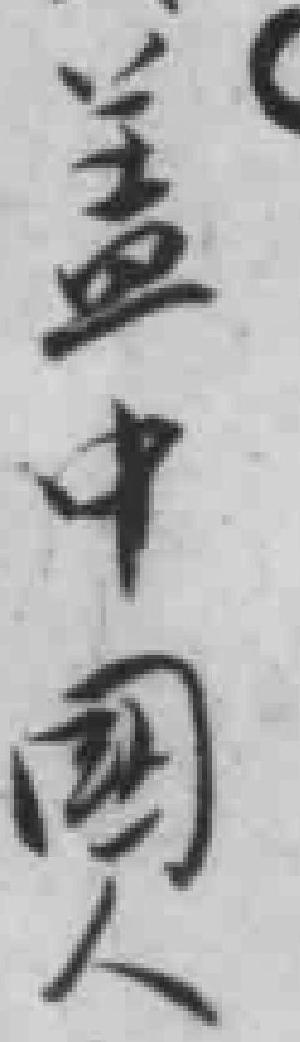
盖中国人